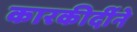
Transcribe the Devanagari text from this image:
कारकीर्दीने